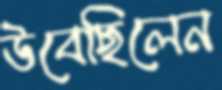
উবেছিলেন